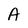
Character: A